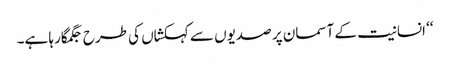
‘‘ انسانیت کے آسمان پر صدیوں سے کہکشاں کی طرح جگمگارہا ہے۔